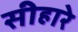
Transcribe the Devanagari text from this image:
सीहारे